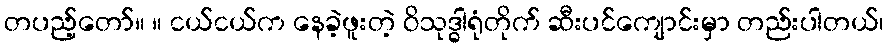
တပည့်တော်။ ။ ငယ်ငယ်က နေခဲ့ဖူးတဲ့ ဝိသုဒ္ဓါရုံတိုက် ဆီးပင်ကျောင်းမှာ တည်းပါတယ်၊